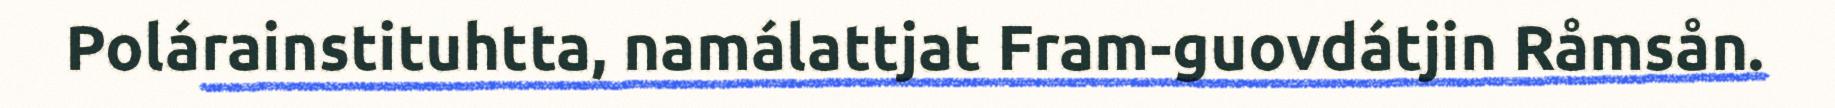
Polárainstituhtta, namálattjat Fram-guovdátjin Råmsån.